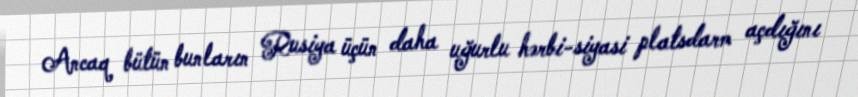
Ancaq bütün bunların Rusiya üçün daha uğurlu hərbi-siyasi platsdarm açdığını